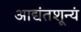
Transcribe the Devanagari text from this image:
आद्यंतशून्यं